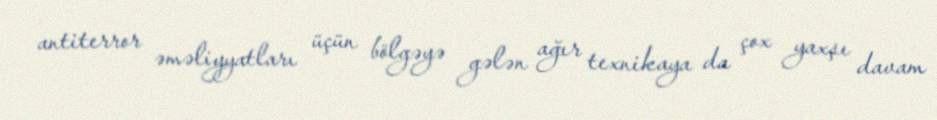
antiterror əməliyyatları üçün bölgəyə gələn ağır texnikaya da çox yaxşı davam